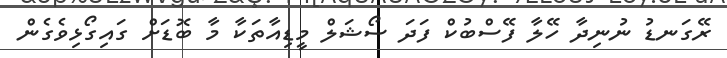
ރޭގަނޑު ނުނިދާ ހޭލާ ފޭސްބުކް ފަދަ ސޯޝަލް މީޑިއާތަކާ މާ ބޮޑަށް ގައިގޯޅިވެގެން